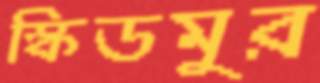
স্কিডমুর